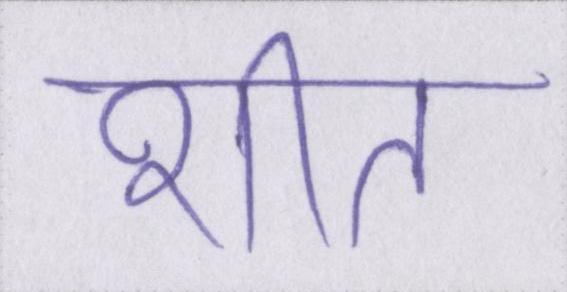
शीत